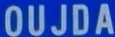
OUJDA